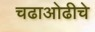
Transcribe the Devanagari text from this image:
चढाओढीचे